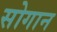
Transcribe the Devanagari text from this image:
सोगान